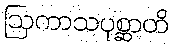
ဩကာသပုစ္ဆာတိ